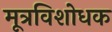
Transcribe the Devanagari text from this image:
मूत्रविशोधक